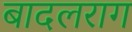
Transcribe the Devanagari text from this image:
बादलराग